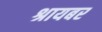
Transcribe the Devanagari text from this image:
श्रायबर